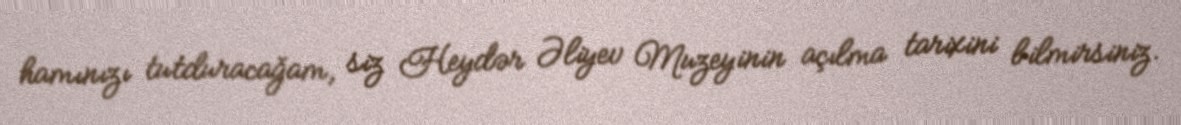
hamınızı tutduracağam, siz Heydər Əliyev Muzeyinin açılma tarixini bilmirsiniz.